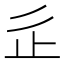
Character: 𣥆